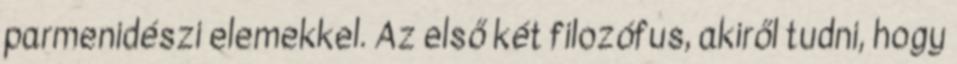
parmenidészi elemekkel. Az első két filozófus, akiről tudni, hogy